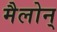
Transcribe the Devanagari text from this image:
मैलोन्